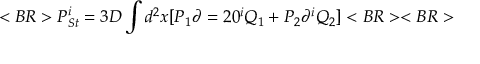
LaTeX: < B R > P _ { S t } ^ { i } = 3 D \int d ^ { 2 } x [ P _ { 1 } \partial = 2 0 ^ { i } Q _ { 1 } + P _ { 2 } \partial ^ { i } Q _ { 2 } ] < B R > < B R >